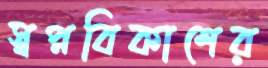
স্বপ্নবিকাশের